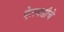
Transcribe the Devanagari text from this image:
ऐलथडीचे